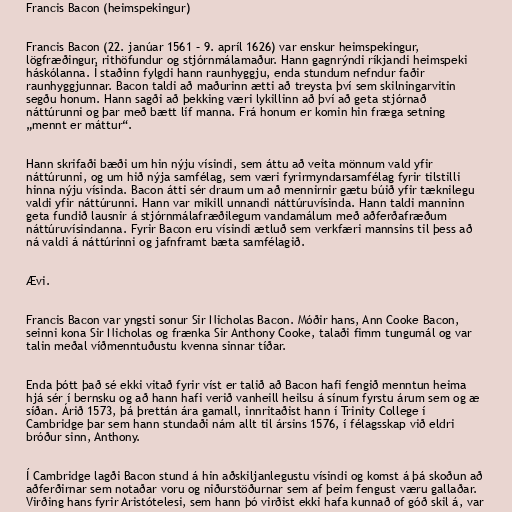
Francis Bacon (heimspekingur)

Francis Bacon (22. janúar 1561 – 9. apríl 1626) var enskur heimspekingur,
lögfræðingur, rithöfundur og stjórnmálamaður. Hann gagnrýndi ríkjandi heimspeki
háskólanna. Í staðinn fylgdi hann raunhyggju, enda stundum nefndur faðir
raunhyggjunnar. Bacon taldi að maðurinn ætti að treysta því sem skilningarvitin
segðu honum. Hann sagði að þekking væri lykillinn að því að geta stjórnað
náttúrunni og þar með bætt líf manna. Frá honum er komin hin fræga setning
„mennt er máttur“.

Hann skrifaði bæði um hin nýju vísindi, sem áttu að veita mönnum vald yfir
náttúrunni, og um hið nýja samfélag, sem væri fyrirmyndarsamfélag fyrir tilstilli
hinna nýju vísinda. Bacon átti sér draum um að mennirnir gætu búið yfir tæknilegu
valdi yfir náttúrunni. Hann var mikill unnandi náttúruvísinda. Hann taldi manninn
geta fundið lausnir á stjórnmálafræðilegum vandamálum með aðferðafræðum
náttúruvísindanna. Fyrir Bacon eru vísindi ætluð sem verkfæri mannsins til þess að
ná valdi á náttúrinni og jafnframt bæta samfélagið.

Ævi.

Francis Bacon var yngsti sonur Sir Nicholas Bacon. Móðir hans, Ann Cooke Bacon,
seinni kona Sir Nicholas og frænka Sir Anthony Cooke, talaði fimm tungumál og var
talin meðal víðmenntuðustu kvenna sinnar tíðar.

Enda þótt það sé ekki vitað fyrir víst er talið að Bacon hafi fengið menntun heima
hjá sér í bernsku og að hann hafi verið vanheill heilsu á sínum fyrstu árum sem og æ
síðan. Árið 1573, þá þrettán ára gamall, innritaðist hann í Trinity College í
Cambridge þar sem hann stundaði nám allt til ársins 1576, í félagsskap við eldri
bróður sinn, Anthony.

Í Cambridge lagði Bacon stund á hin aðskiljanlegustu vísindi og komst á þá skoðun að
aðferðirnar sem notaðar voru og niðurstöðurnar sem af þeim fengust væru gallaðar.
Virðing hans fyrir Aristótelesi, sem hann þó virðist ekki hafa kunnað of góð skil á, var